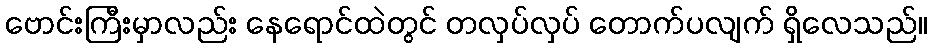
ဗောင်းကြီးမှာလည်း နေရောင်ထဲတွင် တလှပ်လှပ် တောက်ပလျက် ရှိလေသည်။